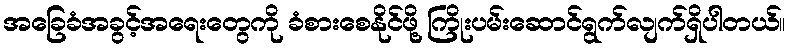
အခြေခံအခွင့်အရေးတွေကို ခံစားစေနိုင်ဖို့ ကြိုးပမ်းဆောင်ရွက်လျက်ရှိပါတယ်။